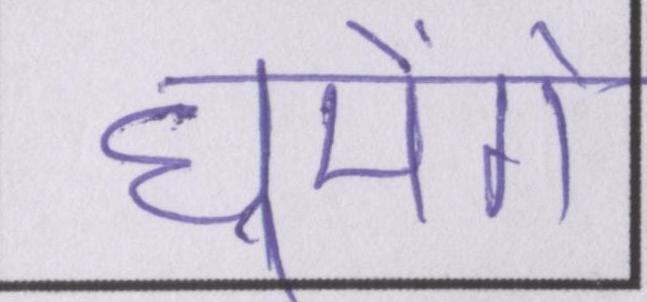
घूमेंगे